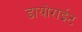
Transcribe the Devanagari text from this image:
डायोराईट